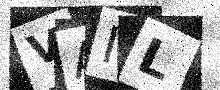
Text: VAIL